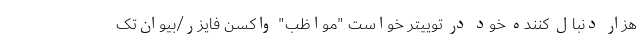
هزار دنبال کننده خود در توییتر خواست "مواظب" واکسن فایزر/بیو‌اِن‌تک